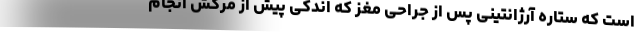
است که ستاره آرژانتینی پس از جراحی مغز که اندکی پیش از مرگش انجام